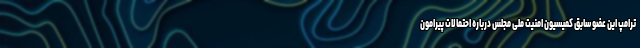
ترامپ این عضو سابق کمیسیون امنیت ملی مجلس درباره احتمالات پیرامون